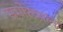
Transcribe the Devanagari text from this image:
समोरच्यांना